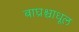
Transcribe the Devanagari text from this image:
बाघ्रश्चाधूल